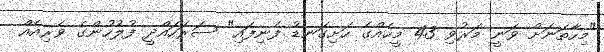
"މިހާތަނަށް ވަނީ މަރުވި 43 މީހެއްގެ ހަށިގަނޑު ފެނިފައި" ސަރަހައްދީ ފުލުހުންގެ ވެރިއެއް